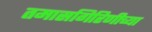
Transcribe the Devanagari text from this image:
तमासगिरिणीच्या